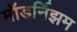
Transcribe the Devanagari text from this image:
मॉडर्निझम